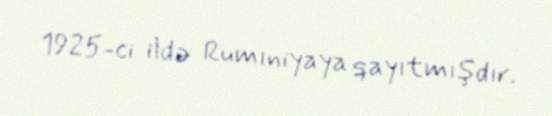
1925-ci ildə Rumıniyaya qayıtmışdır.